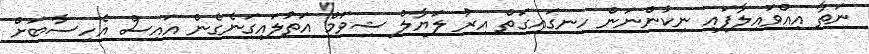
ނަތާ އިއްވައިލާފައި ނިކުންނަން ހިނގައިގަތް އިރު ލަޔާލް ޝިވަމް އަތުލައިގަނެގެން އައިސް އެހިސާބަށް